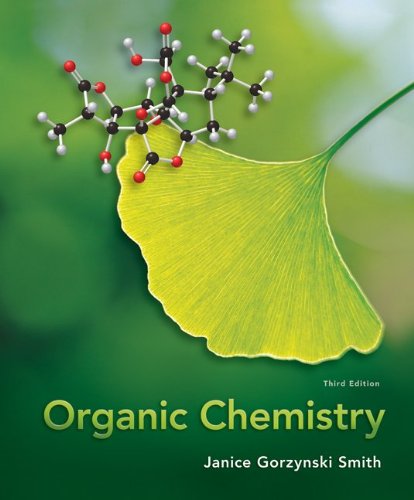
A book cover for Organic Chemistry; Janice Gorzynski Smith; Science & Math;